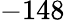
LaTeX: -148